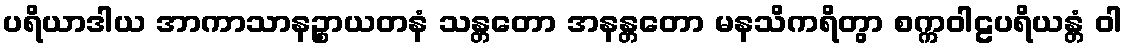
ပရိယာဒါယ အာကာသာနဉ္စာယတနံ သန္တတော အနန္တတော မနသိကရိတွာ စက္ကဝါဠပရိယန္တံ ဝါ